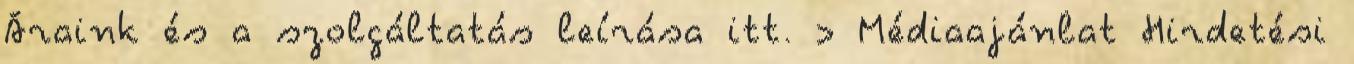
Áraink és a szolgáltatás leírása itt. › Médiaajánlat Hirdetési